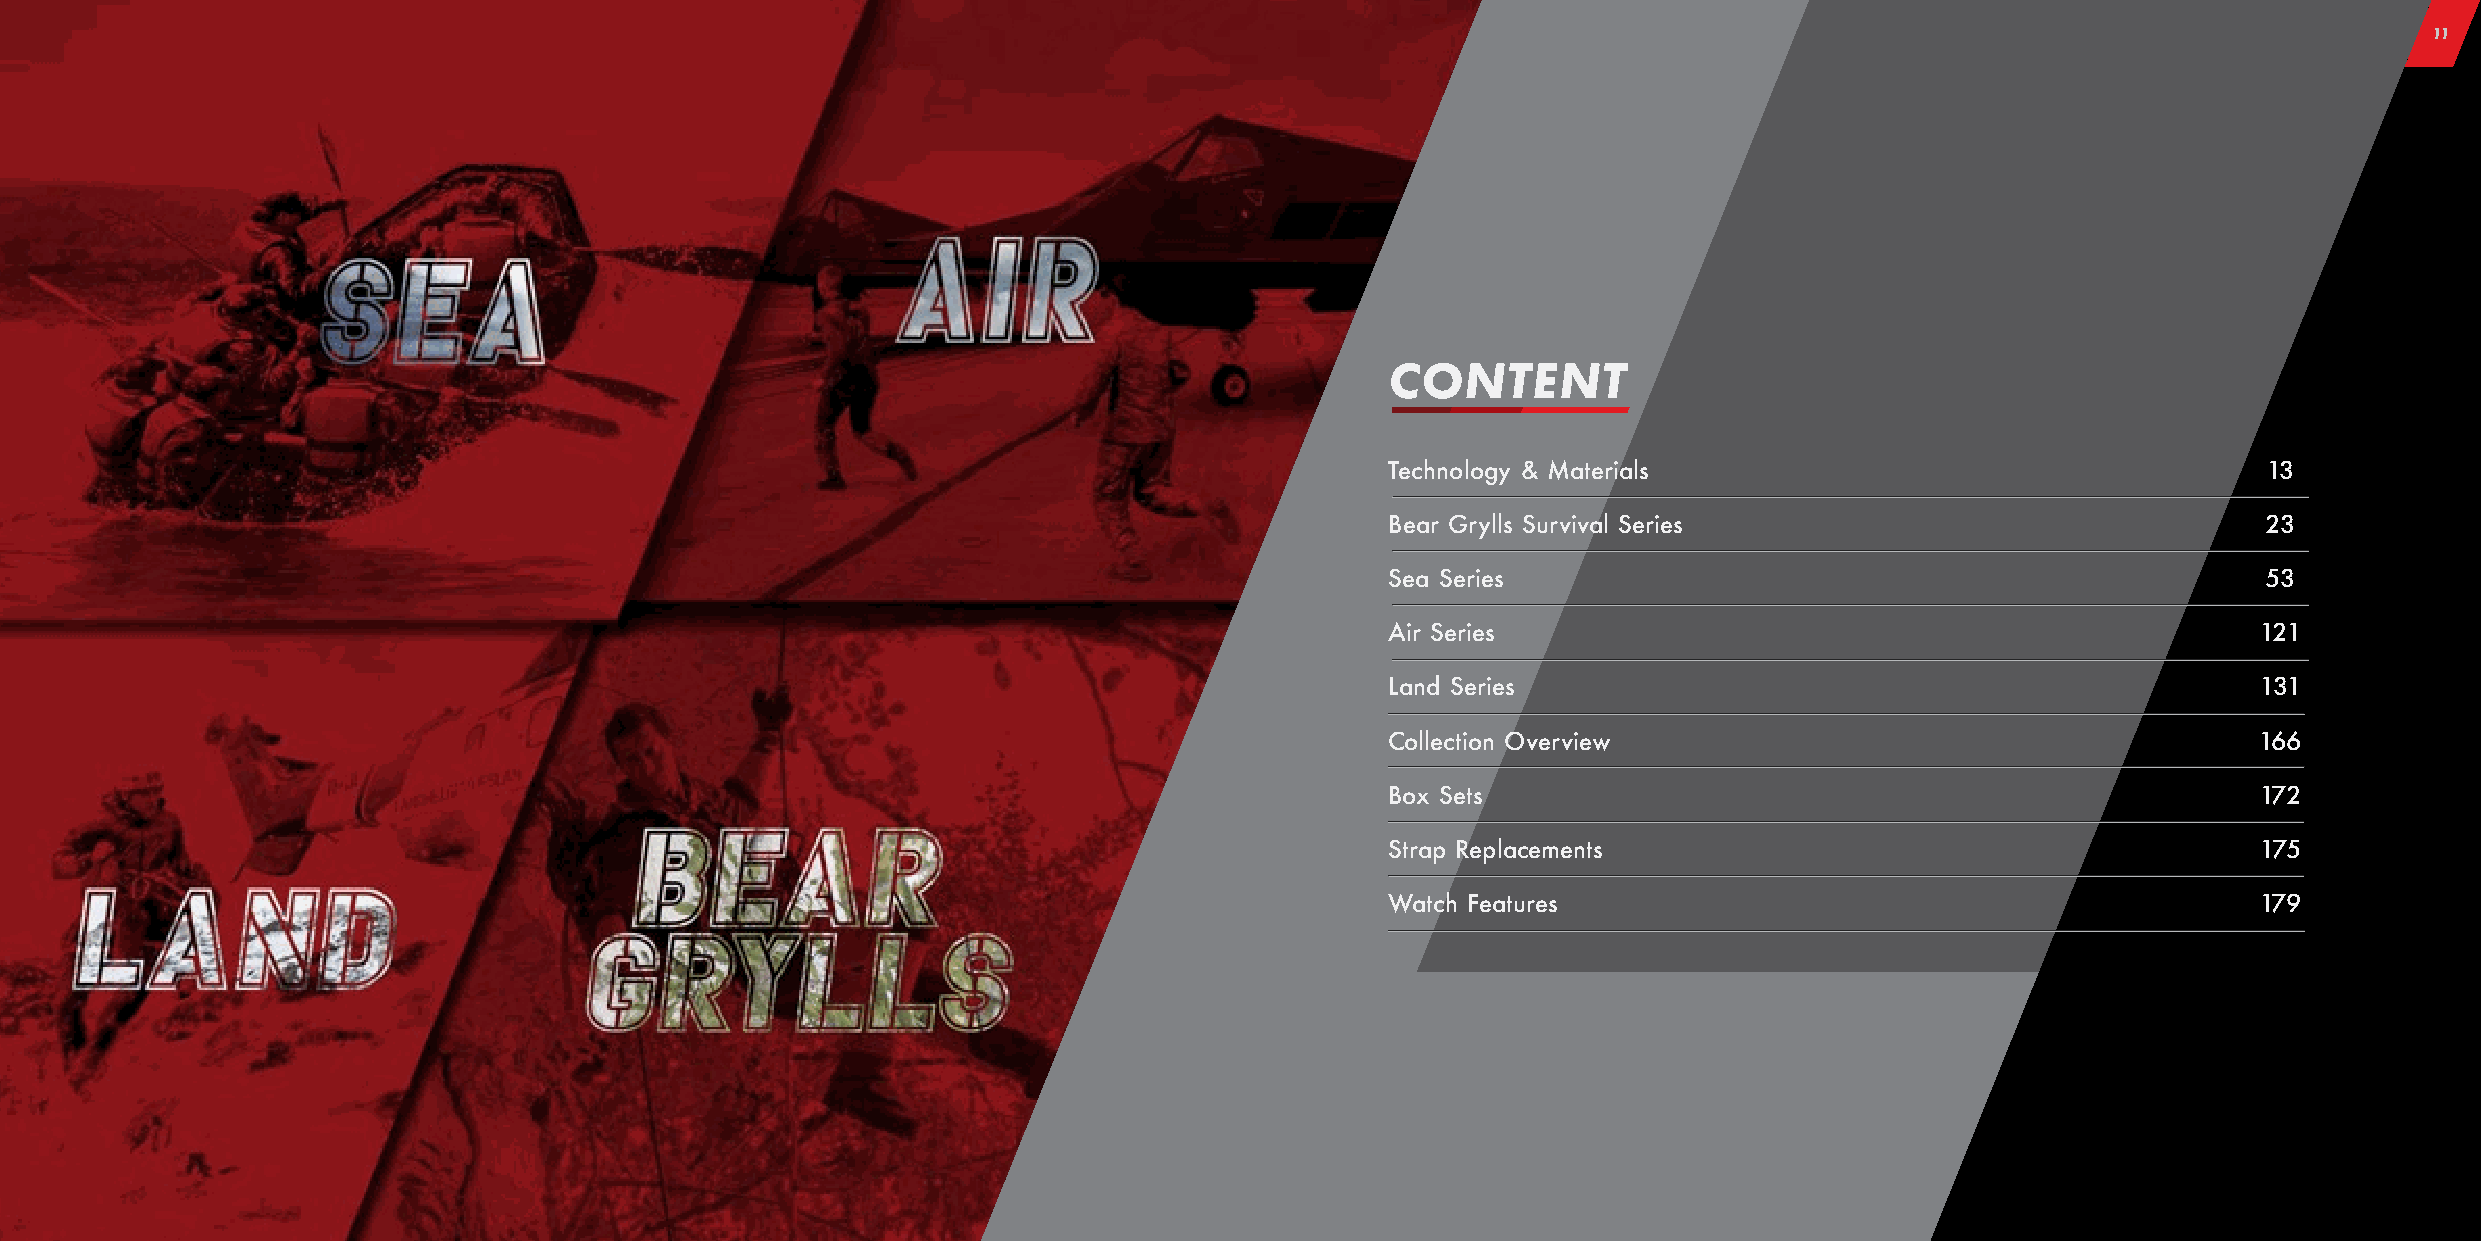
11
 CONTENT
 Technology & Materials                                    13
 Bear Grylls Survival Series                               23
 Sea Series                                                53
 Air Series                                                121
 Land Series                                               131
 Collection Overview                                      166
 Box Sets                                                  172
 Strap Replacements                                        175
 Watch Features                                            179